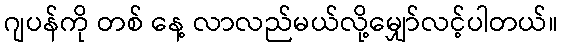
ဂျပန်ကို တစ် နေ့ လာလည်မယ်လို့မျှော်လင့်ပါတယ်။